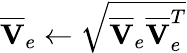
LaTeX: \overline{{\mathbf{V}}}_{e}\leftarrow\sqrt{\overline{{\mathbf{V}}}_{e}\overline{{\mathbf{V}}}_{e}^{T}}